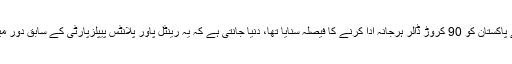
جس میں عالمی عدالت نے پاکستان کو 90 کروڑ ڈالر ہرجانہ ادا کرنے کا فیصلہ سنایا تھا، دنیا جانتی ہے کہ یہ رینٹل پاور پلانٹس پیپلزپارٹی کے سابق دور میں حاصل کیے گئے تھے۔